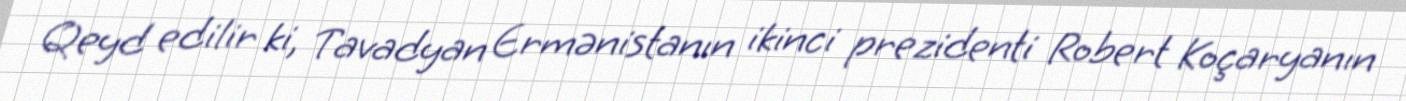
Qeyd edilir ki, Tavadyan Ermənistanın ikinci prezidenti Robert Koçaryanın